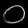
Digit: ၀